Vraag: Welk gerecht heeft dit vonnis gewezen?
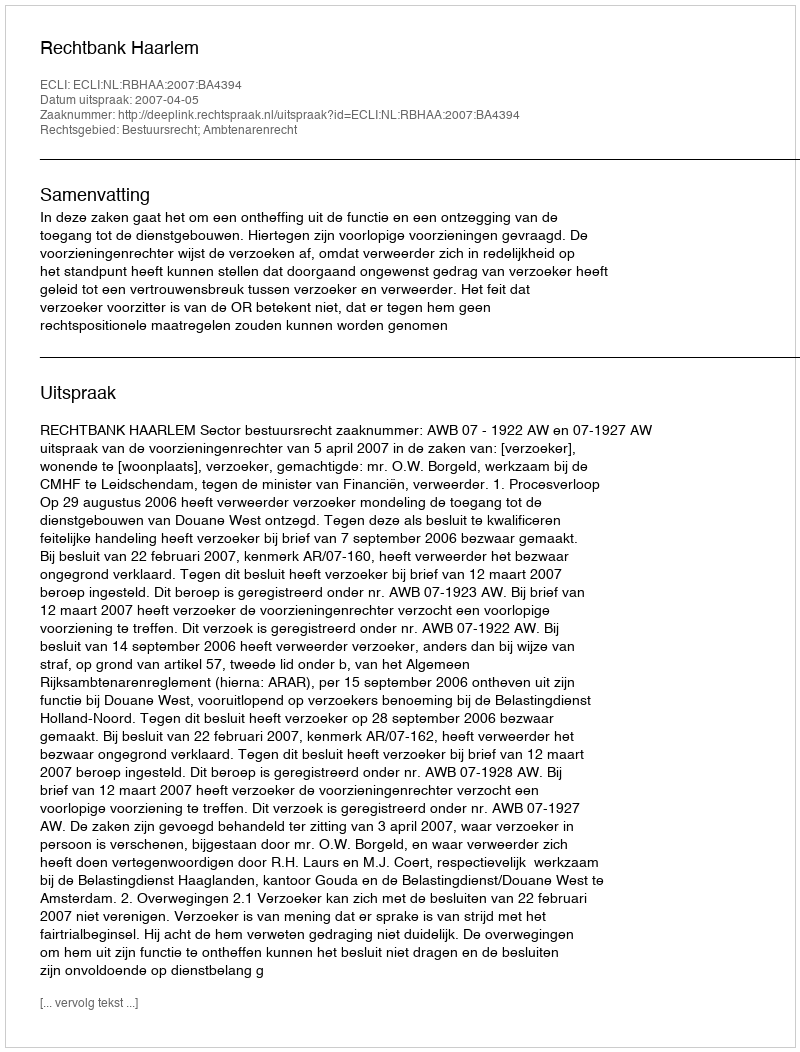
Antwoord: Rechtbank Haarlem